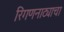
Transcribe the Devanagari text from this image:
रिंगणनाट्याचा